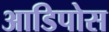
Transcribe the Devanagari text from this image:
आडिपोस